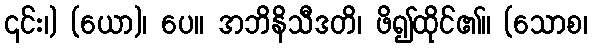
၎င်း၊) (ယော)၊ ပေ။ အဘိနိသီဒတိ၊ ဖိ၍ထိုင်၏။ (သောစ၊